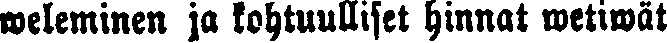
weleminen ja kohtuulliset hinnat wetiwät